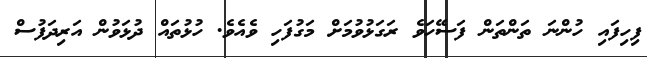
ފިހިފައި ހުންނަ ތަންތަން ފަސޭހަވެ ރަގަޅުވުމަށް މަގުފަހި ވެއެވެ. ހުޅުތައް ދުޅަވުން އަރިދަފުސް